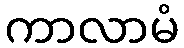
ကာလာမံ